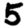
Digit: 5